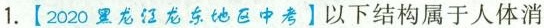
1.【2020黑龙江龙东地中考】以下结构属于人体消